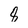
Character: 8